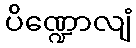
ပိဏ္ဍောလျံ